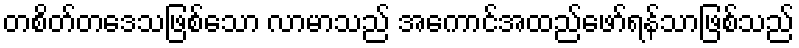
တစိတ်တဒေသဖြစ်သော လာမာသည် အကောင်အထည်ဖော်ရန်သာဖြစ်သည်